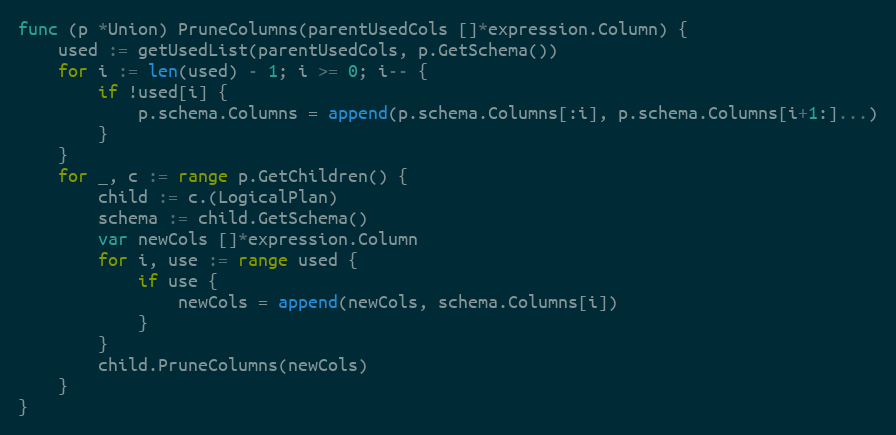
Language: Go
func (p *Union) PruneColumns(parentUsedCols []*expression.Column) {
	used := getUsedList(parentUsedCols, p.GetSchema())
	for i := len(used) - 1; i >= 0; i-- {
		if !used[i] {
			p.schema.Columns = append(p.schema.Columns[:i], p.schema.Columns[i+1:]...)
		}
	}
	for _, c := range p.GetChildren() {
		child := c.(LogicalPlan)
		schema := child.GetSchema()
		var newCols []*expression.Column
		for i, use := range used {
			if use {
				newCols = append(newCols, schema.Columns[i])
			}
		}
		child.PruneColumns(newCols)
	}
}